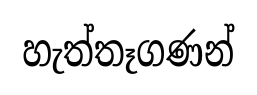
හැත්තෑගණන්